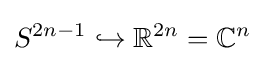
S^{2n-1}\hookrightarrow {\mathbb {R} }^{2n}={\mathbb {C} }^{n}